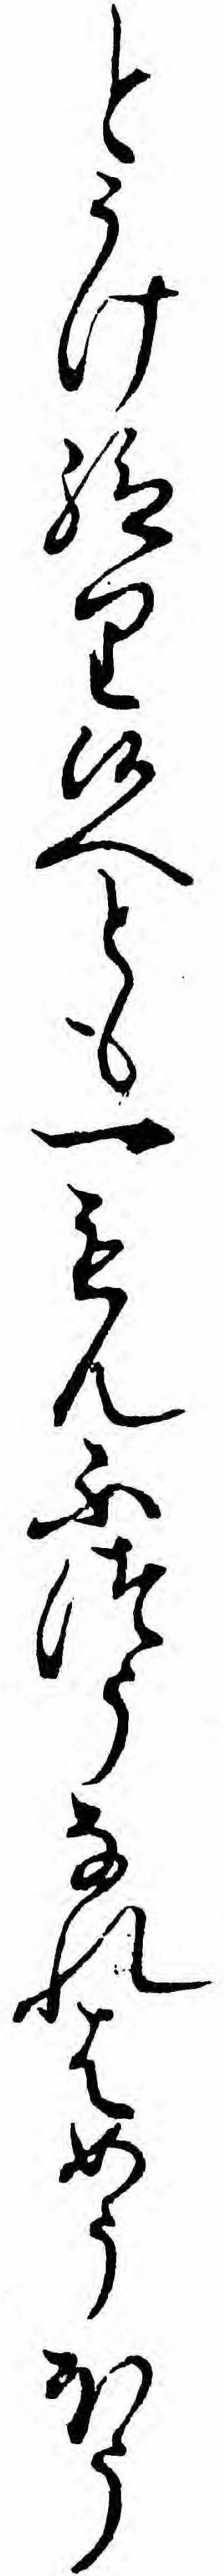
とうけ給り候へとも一もんふつうなれはめうほう